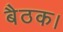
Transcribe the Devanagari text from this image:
बैठक।